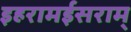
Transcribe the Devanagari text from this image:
इहरामईसराम्